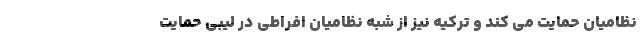
نظامیان حمایت می کند و ترکیه نیز از شبه نظامیان افراطی در لیبی حمایت